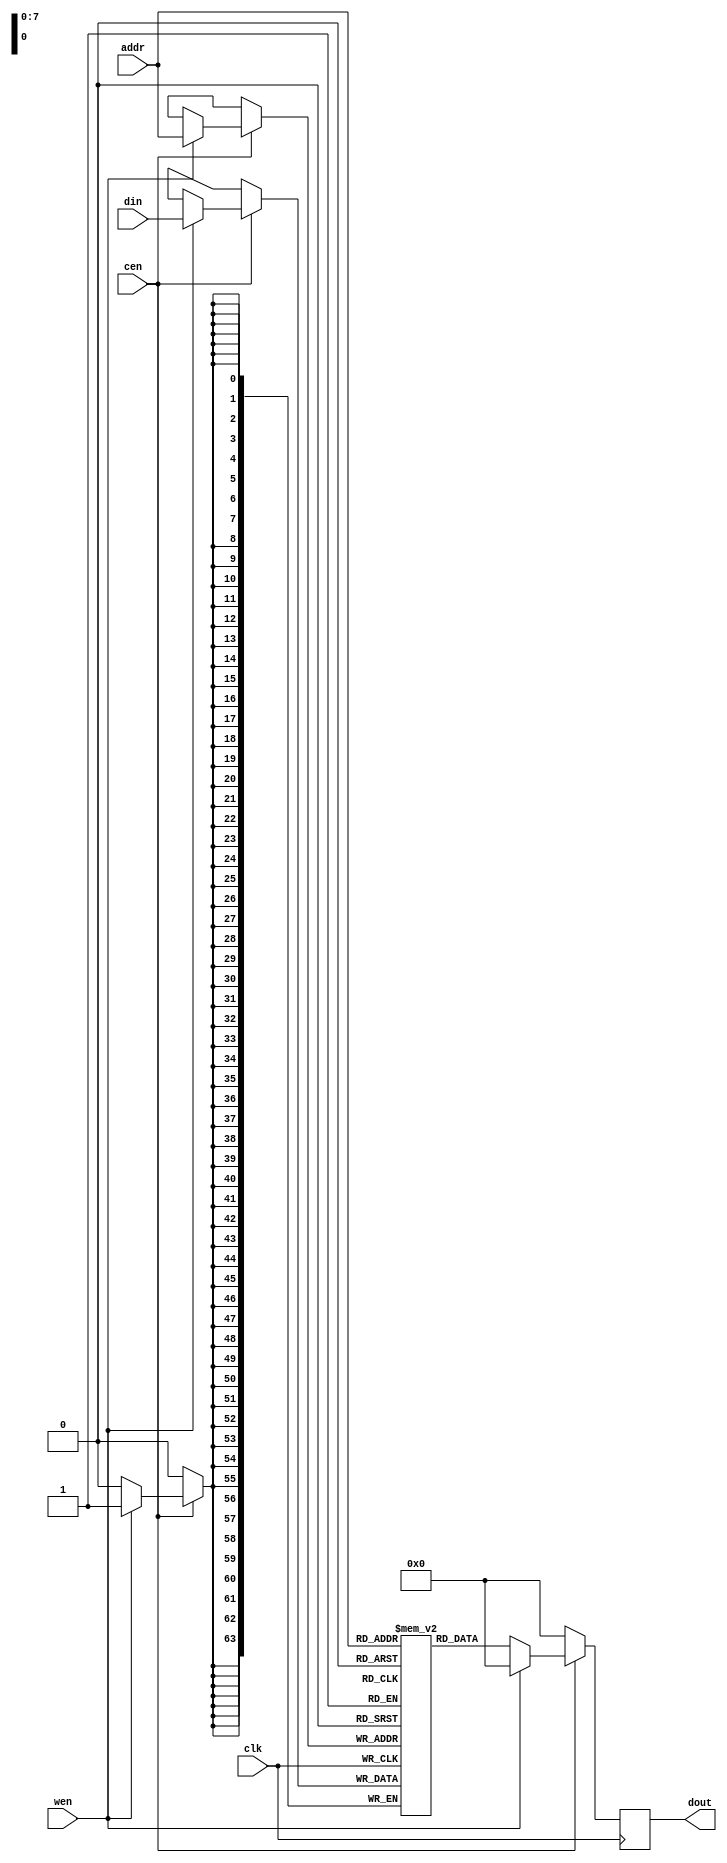
module ram(clk, cen, wen, addr, din, dout);
	
	// input & output
	input 					clk;
	input 					cen, wen;
	input 		[7:0]		addr;
	input 		[63:0]	din;
	output reg	[63:0]	dout;
	
	
	reg			[63:0]	mem	[0:255]; // 256 data storage spaces
	integer i;
	
	// memory initialization
	initial begin
		for(i = 0; i<256; i=i+1) begin
			mem[i] <= 64'd0;
		end	
	end
	
	// read & write performance
	always @ (posedge clk) begin
		if(cen == 1'b1) begin
			if(wen == 1'b1) begin 	// write
				mem[addr] <= din;
				dout <= 64'b0;
			end
			else begin					// read
				dout <= mem[addr];
			end
		end
		else begin						// do nothing
			dout <= 64'b0;
		end
	end
	
endmodule